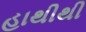
હાથીથી